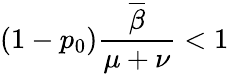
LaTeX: (1-p_{0})\frac{\overline{{\beta}}}{\mu+\nu}<1